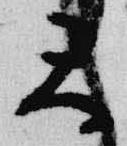
天